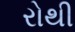
રોથી